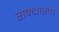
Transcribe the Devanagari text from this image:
सन्‍धारण